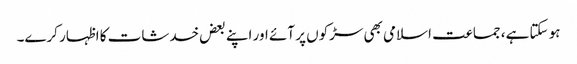
ہو سکتا ہے، جماعت اسلامی بھی سڑکوں پر آئے اور اپنے بعض خدشات کا اظہار کرے۔